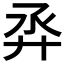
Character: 𢌼